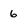
Character: 6